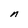
Character: n